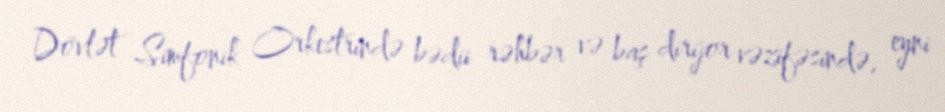
Dövlət Simfonik Orkestrində bədii rəhbər və baş dirijor vəzifəsində, eyni